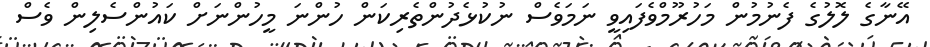
އޭނާގެ ލޮލުގެ ފެނުމުން މަހުރޫމްވެފައިވީ ނަމަވެސް ނުކުޅެދުންތެރިކަން ހުންނަ މީހުންނަށް ކައުންސެލިން ވެސް